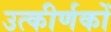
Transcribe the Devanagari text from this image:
उत्‍कीर्णकों